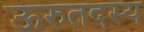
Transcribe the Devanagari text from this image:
ऊरुतदस्य